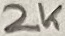
Text: 2K